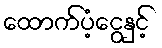
ထောက်ပံ့ငွေနှင့်